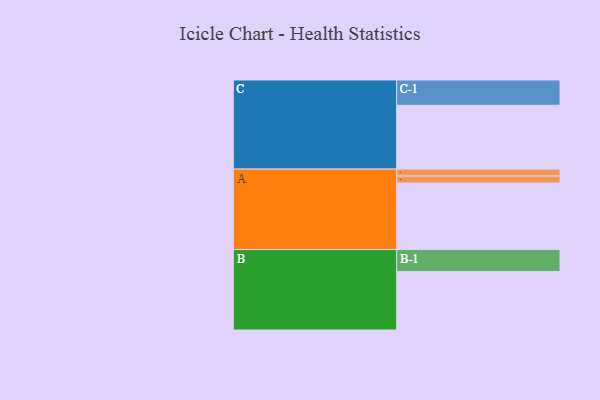
{"axis": {"x": "Segment", "y": "Value"}, "legend": ["", "A", "B", "C"], "data": [{"x": "A", "y": 476, "type": ""}, {"x": "B", "y": 418, "type": ""}, {"x": "C", "y": 457, "type": ""}, {"x": "A-1", "y": 50, "type": "A"}, {"x": "A-2", "y": 50, "type": "A"}, {"x": "B-1", "y": 158, "type": "B"}, {"x": "C-1", "y": 181, "type": "C"}]}